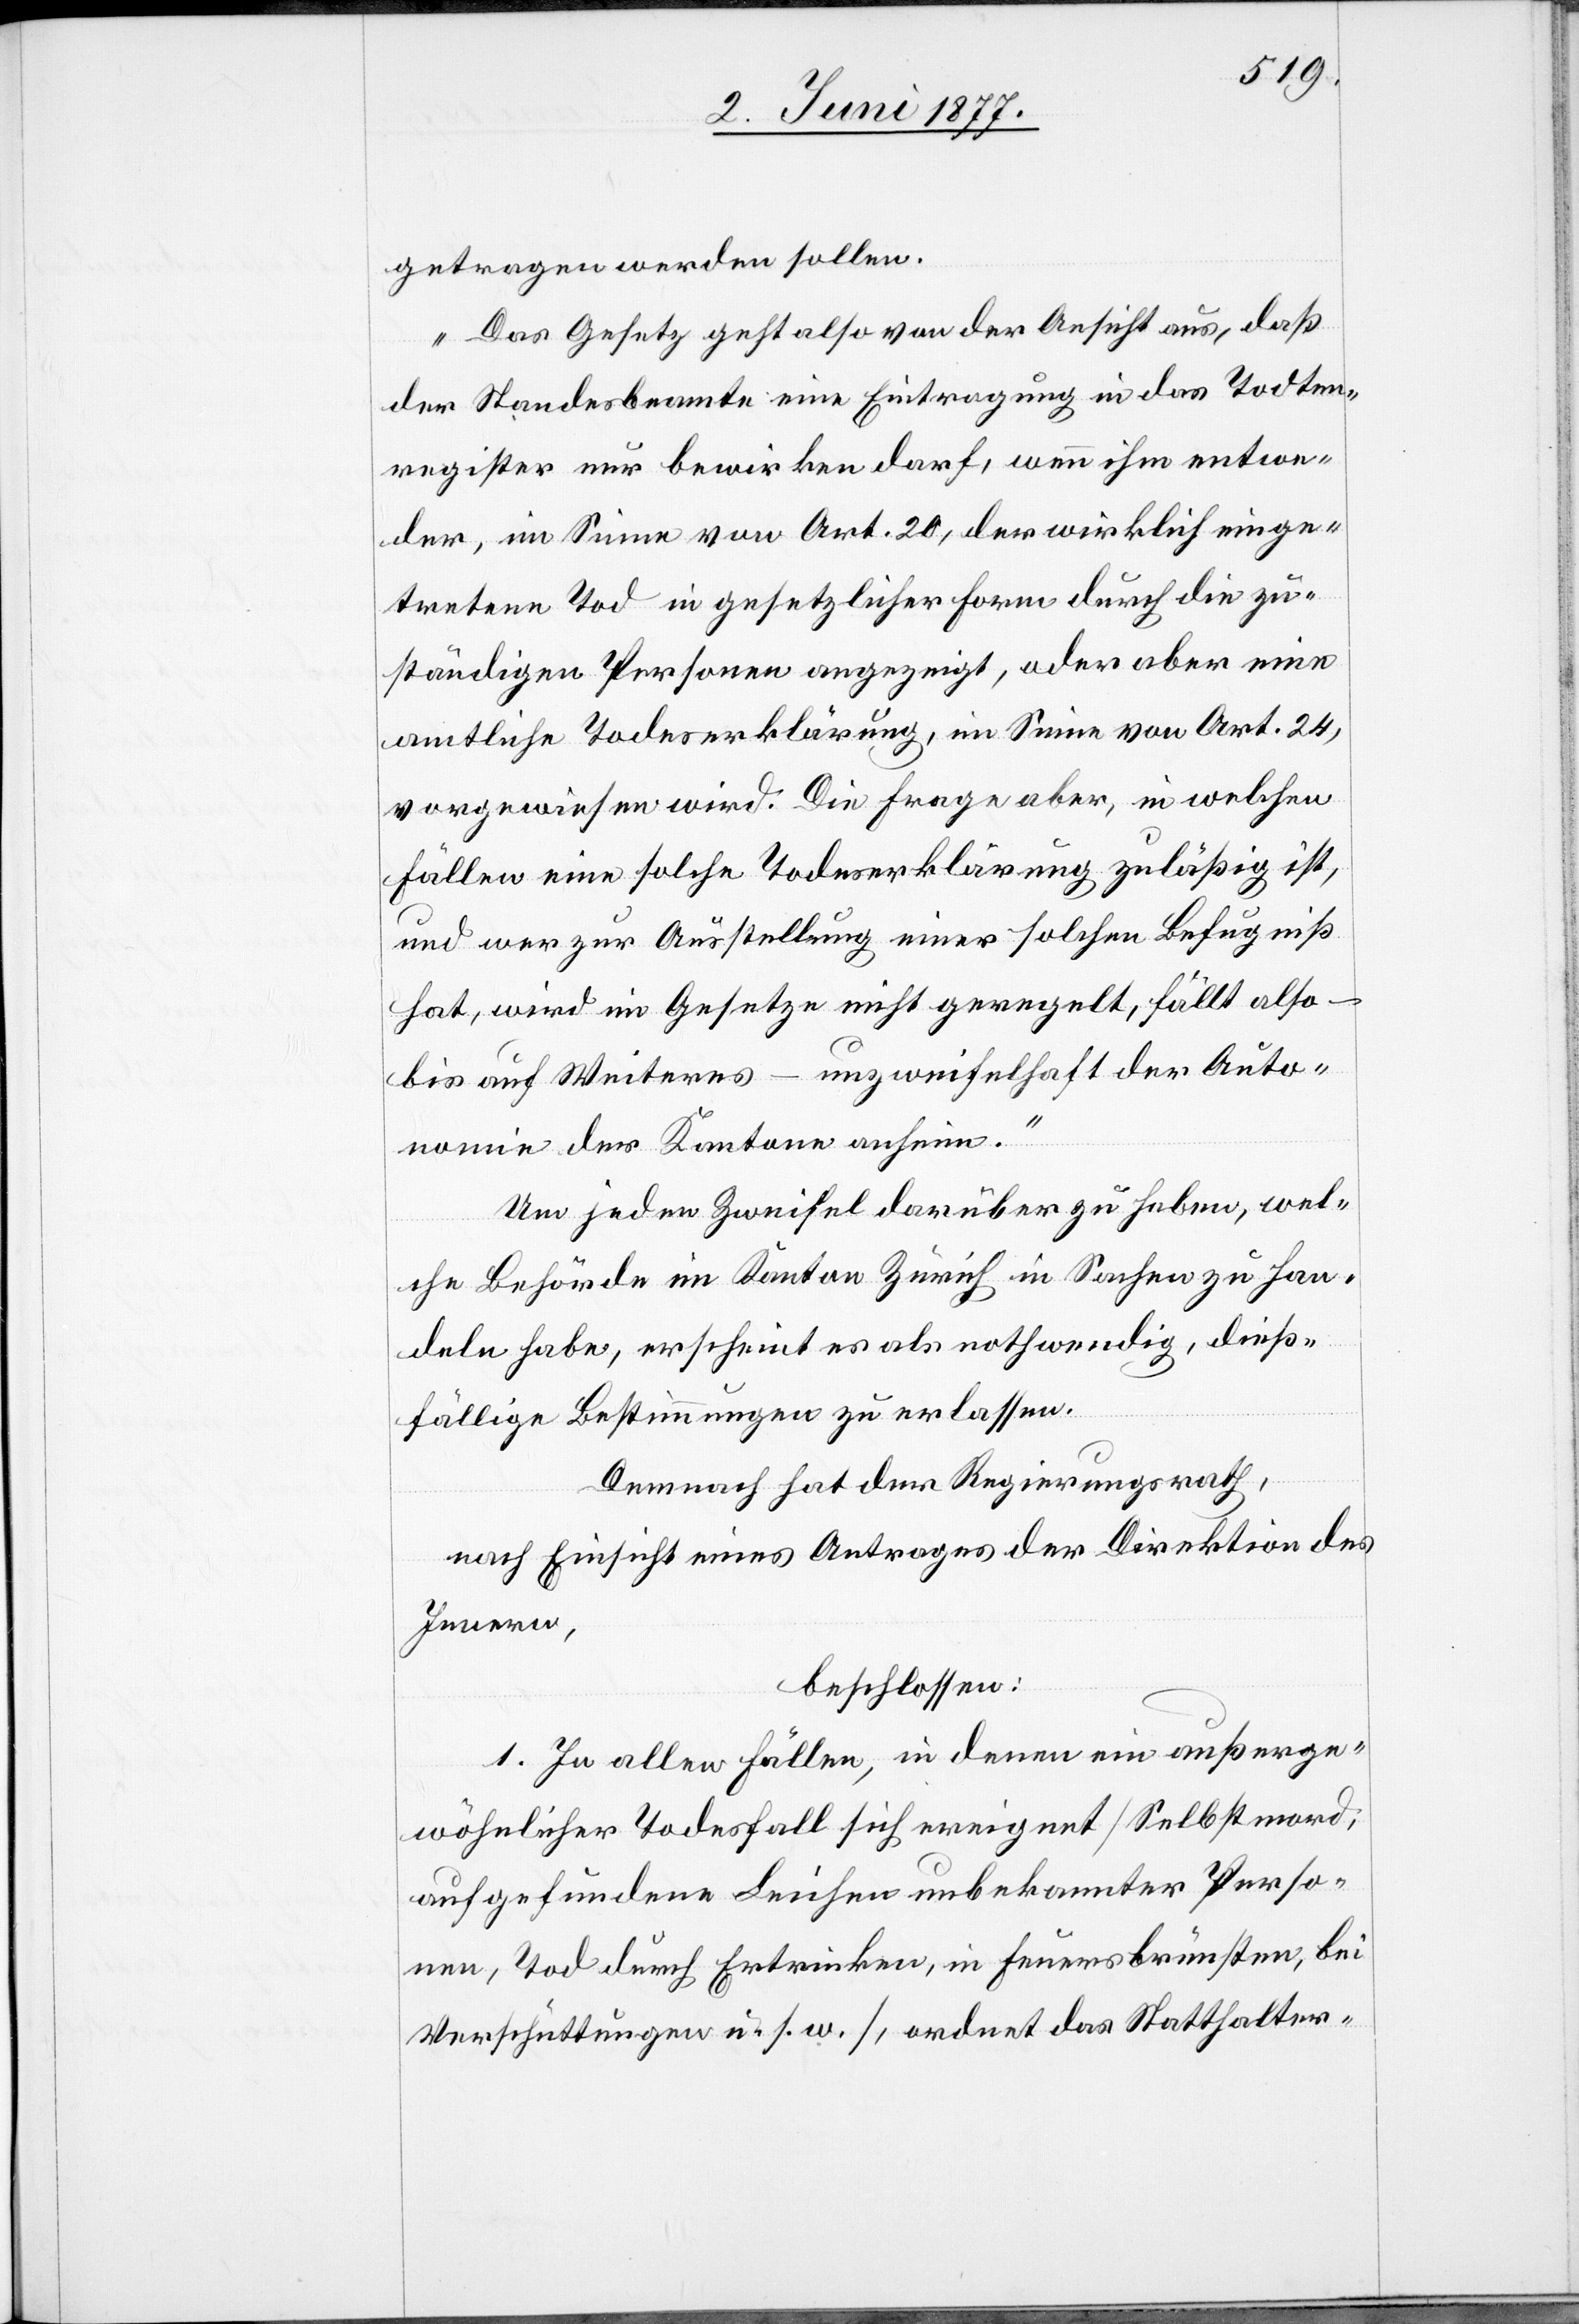
getragen werden sollen.
Das Gesetz geht also von der Ansicht aus, daß
der Standesbeamte eine Eintragung in das Todten¬
register nur bewirken darf, wenn ihm, entwe¬
der, im Sinne von Art. 20, der wirklich einge¬
tretene Tod in gesetzlicher Form durch die zu¬
ständigen Personen angezeigt, oder aber eine
amtliche Todeserklärung, im Sinne von Art. 24,
vorgewiesen wird. Die Frage aber, in welchen
Fällen eine solche Todeserklärung zuläßig ist,
und wer zur Ausstellung einer solchen Befugniß
hat, wird im Gesetze nicht geregelt, fällt also –
bis auf Weiteres – unzweifelhaft der Auto¬
nomie der Kantone anhin.“
Um jeden Zweifel darüber zu heben, wel¬
che Behörde im Kanton Zürich in Sachen zu han¬
deln habe, erscheint es als nothwendig, dieß¬
fällige Bestimmungen zu Erlassen.
Demnach hat der Regierungsrath,
nach Einsicht eines Antrages der Direktion des
Innern,
beschlossen:
1. In allen Fällen, in denen ein außerge¬
wöhnlicher Todesfall sich ereignet [Selbstmord,
aufgefundene Leichen unbekannter Perso¬
nen, Tod durch Ertrinken, in Feuersbrünsten, bei
Verschüttungen u. s. w.], ordnet das Statthalter-